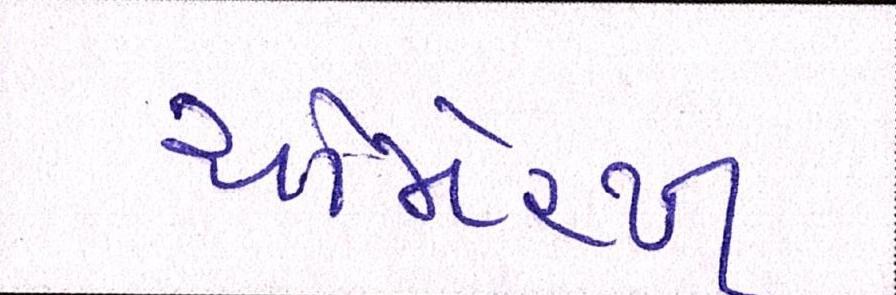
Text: ચોમેરથી